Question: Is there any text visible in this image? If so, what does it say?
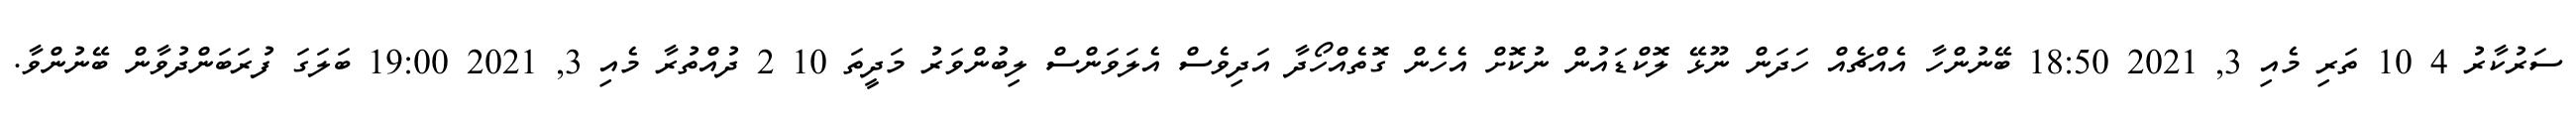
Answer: ސަރުކާރު 4 10 ތަރި މެއި 3, 2021 18:50 ބޭނުންހާ އެއްޗެއް ހަދަން ނޫޅޭ ލޮކްޑައުން ނުކޮށް އެހެން ގޮތެއްހޯދާ އަދިވެސް އެލަވަންސް ލިބުންވަރު މަދީތަ 10 2 ދުއްތުރާ މެއި 3, 2021 19:00 ބަލަގަ ފުރަބަންދުވާން ބޭނުންވާ.